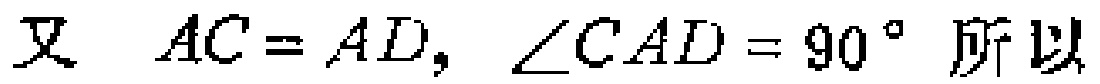
又 \(AC = AD,\ \angle CAD = 90^{\circ}\) 所以